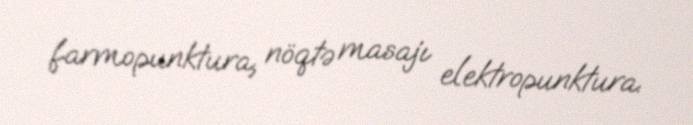
farmopunktura, nöqtə masajı elektropunktura.